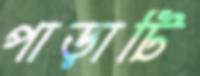
পাড়াটি